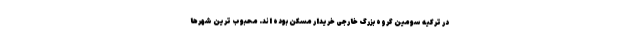
در ترکیه سومین گروه بزرگ خارجی خریدار مسکن بوده اند. محبوب ترین شهرها